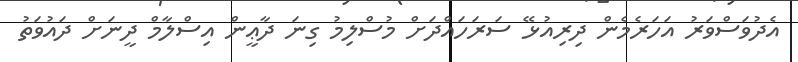
އެދުވަސްވަރު އަހަރެމެން ދިރިއުޅޭ ސަރަހައްދަށް މުސްލިމު ގިނަ ދާޢީން އިސްލާމް ދީނަށް ދައުވަތު